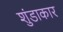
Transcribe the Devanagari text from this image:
शुंडाकार